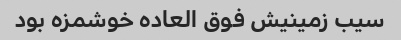
سیب زمینیش فوق العاده خوشمزه بود